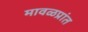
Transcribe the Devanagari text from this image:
मावळप्रांत